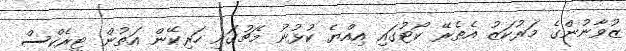
ޒުވާނުންގެ މަރުކަޒު އެތެރޭ ކޯޓުގައި އިއްޔެ ކުޅުނު މެޗުގައި ހަރިކޭން އަތުން ޓީރެކްސް